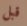
قبل